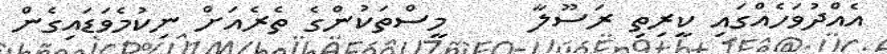
އެއްދުވަހެއްގައި ކީރިތި ރަސޫލާ     މީސްތަކުންގެ ތެރެއަށް ނިކުމެވަޑައިގެން